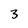
Character: 3